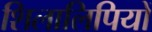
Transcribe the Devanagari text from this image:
शिलालिपियों